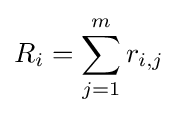
R_{i}=\sum _{j=1}^{m}r_{i,j}